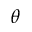
\theta